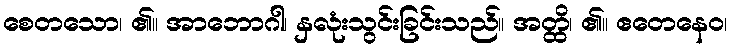
စေတသော၊ ၏။ အာဘောဂါ၊ နှလုံးသွင်းခြင်းသည်။ အတ္ထိ၊ ၏။ ဧတေနေဝ၊